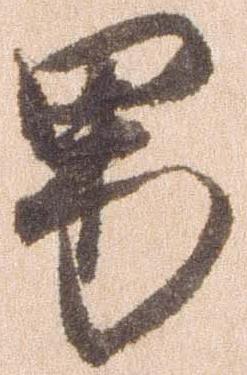
男